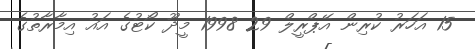
15 އަހަރު ކުރިން އޭޕްރީލް 29 1998 މީދޫ ކޯޓުގެ އައު އިމާރާތުގެ